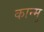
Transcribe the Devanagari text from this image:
कान्मु